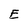
Character: E